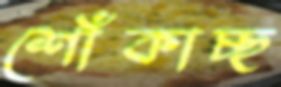
শোঁকাচ্ছ